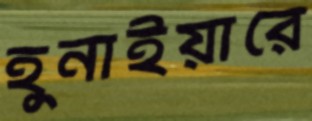
হুনাইয়ারে